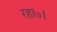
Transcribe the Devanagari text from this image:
रहा७।